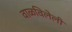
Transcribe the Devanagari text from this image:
वाळविलेली